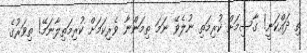
ތި ދައްކަނީ! ގާސިމަށް ކުރިމަތި ނުލެވޭ ނަމަ ތިމަންނާ ވެރިކަމަށް ކުރިމަތިލާނަމޭ! ތިވަރުގެ